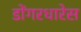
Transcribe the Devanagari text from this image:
डोंगरधारेस